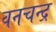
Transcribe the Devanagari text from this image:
वनचन्द्र